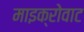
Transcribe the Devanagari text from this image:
माइक्रोवाट